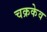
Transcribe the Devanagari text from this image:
चक्रकेव